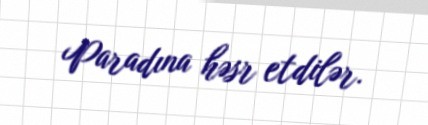
Paradına həsr etdilər.